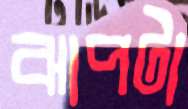
ঝাপটা